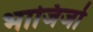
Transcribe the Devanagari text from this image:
भाजिजो